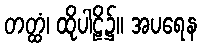
တတ္ထံ၊ ထိုပါဠိ၌။ အပရေန